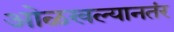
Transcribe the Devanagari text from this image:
ओळखल्यानतंर